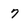
Character: 7